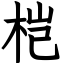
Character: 桤